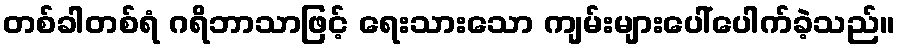
တစ်ခါတစ်ရံ ဂရိဘာသာဖြင့် ရေးသားသော ကျမ်းများပေါ်ပေါက်ခဲ့သည်။